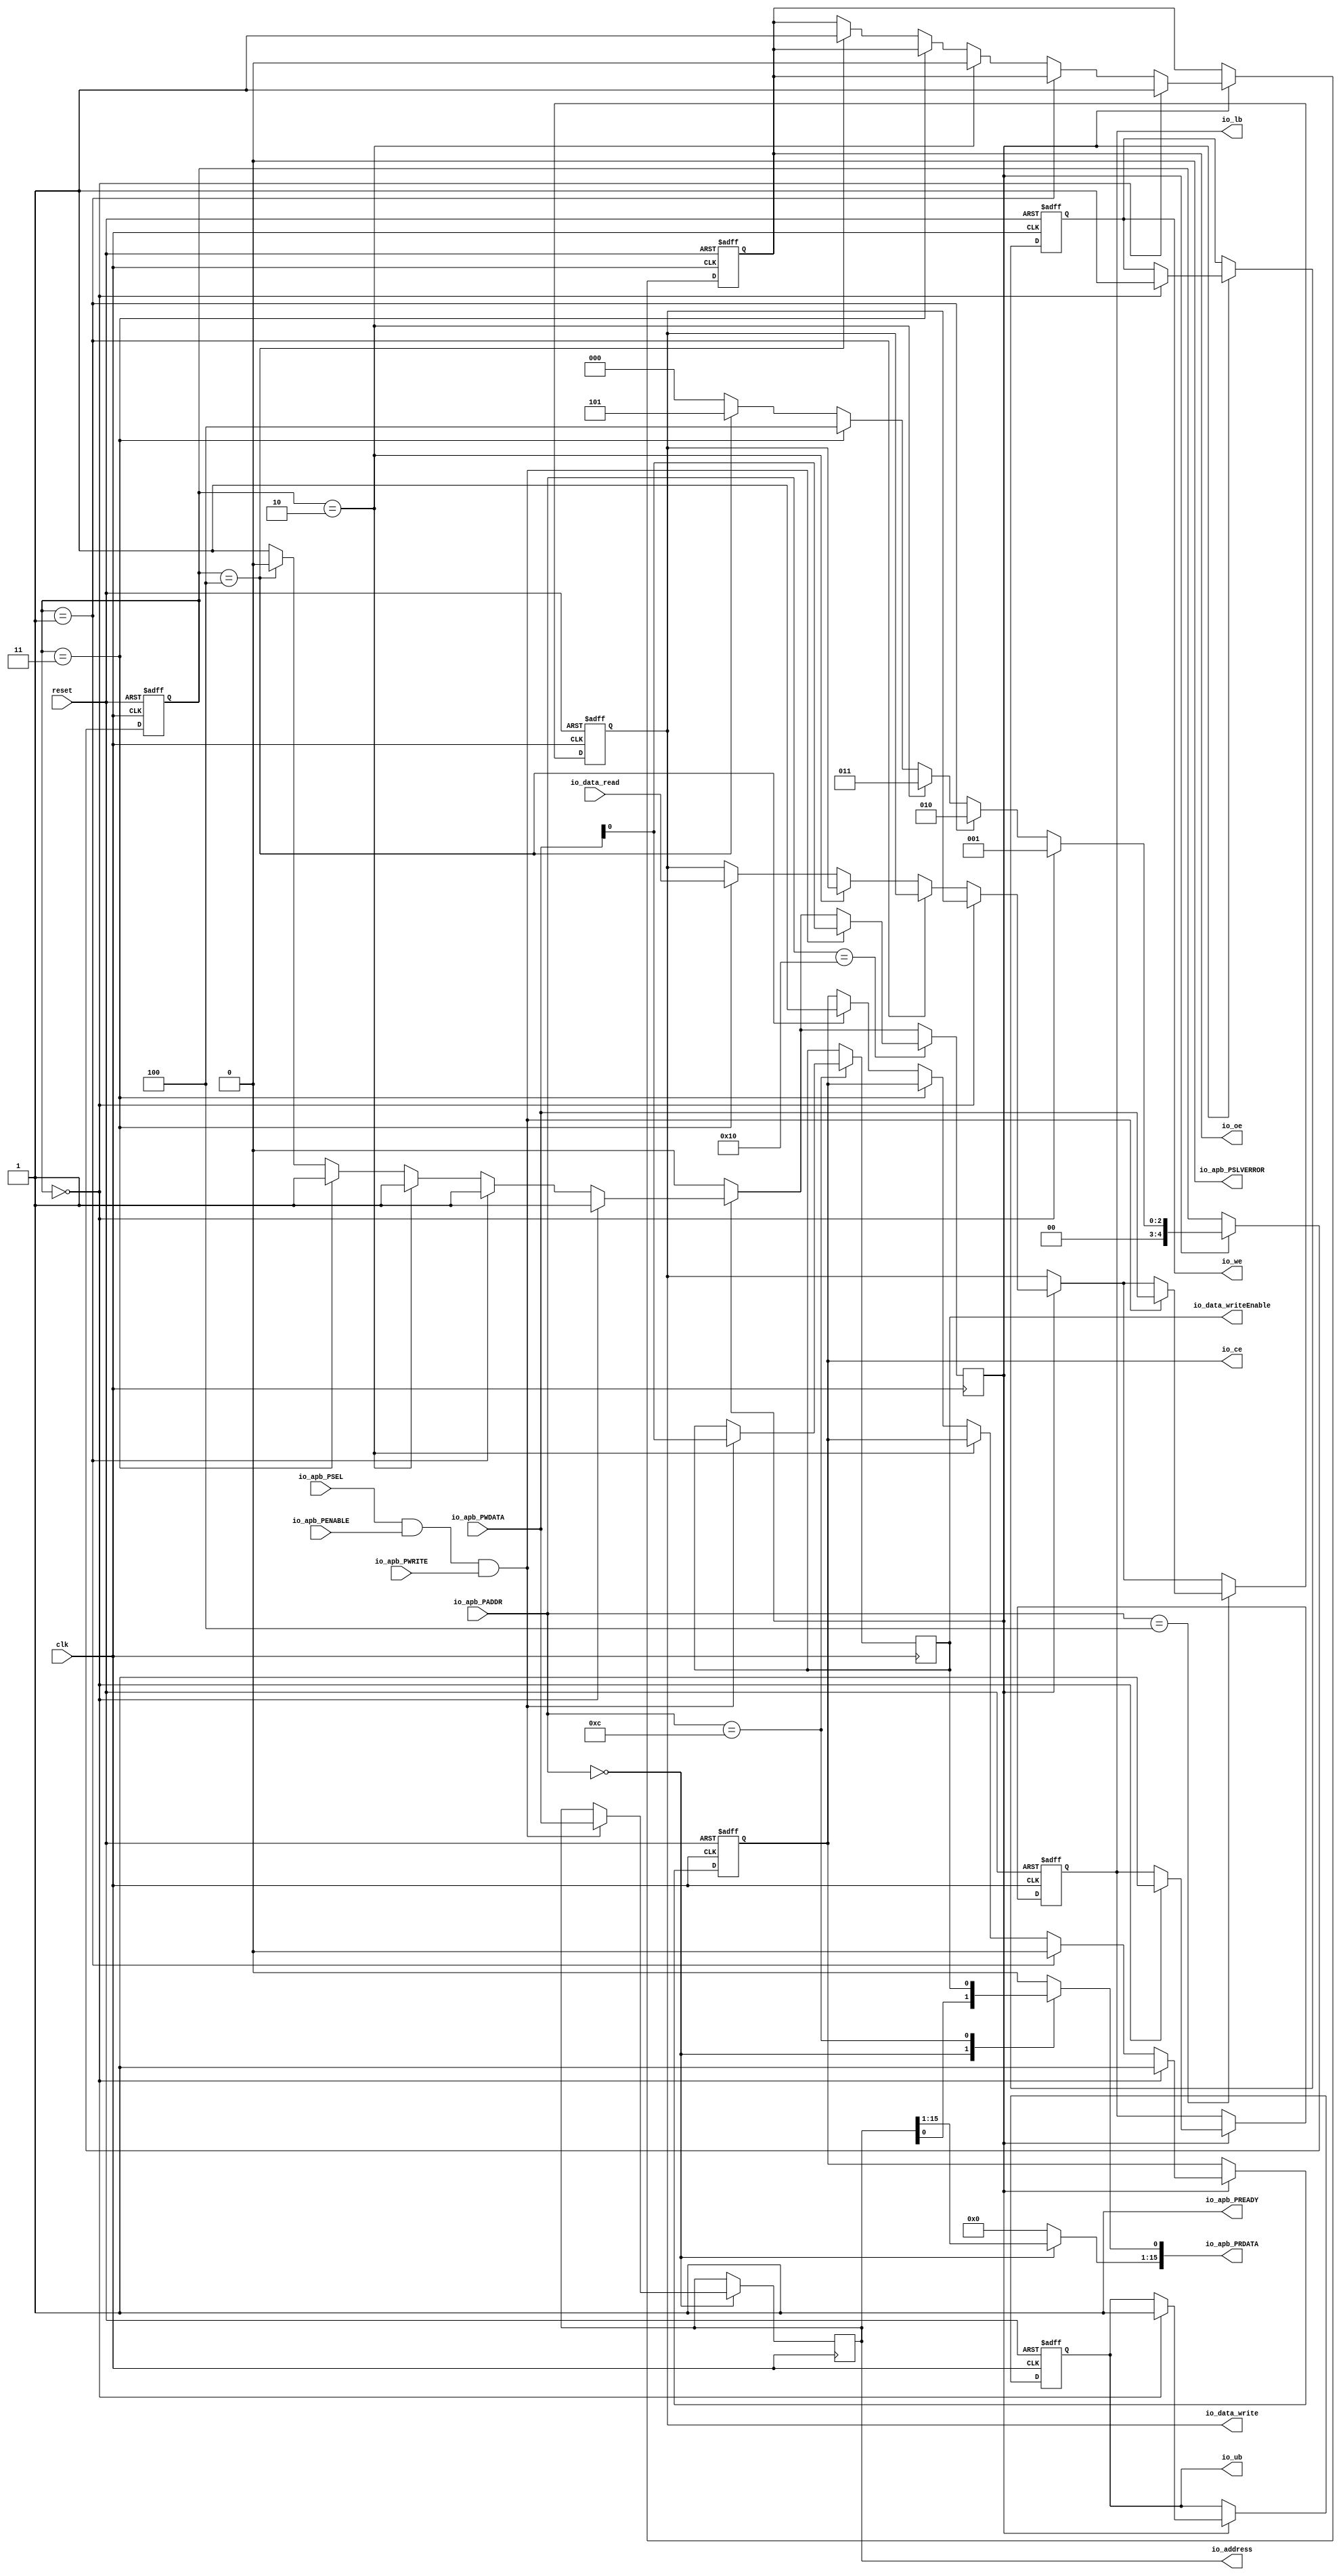
// Generator : SpinalHDL v1.7.0b    git head : 541894e01cf6b5ef03f924225e4f769fb167dea8
// Component : Clyde_Memory_Controller
// Git hash  : 23f8152f1f76822abe6de05999e6f5a903223b02

`timescale 1ns/1ps

module Clyde_Memory_Controller (
  input      [15:0]   io_apb_PADDR,
  input      [0:0]    io_apb_PSEL,
  input               io_apb_PENABLE,
  output              io_apb_PREADY,
  input               io_apb_PWRITE,
  input      [15:0]   io_apb_PWDATA,
  output reg [15:0]   io_apb_PRDATA,
  output              io_apb_PSLVERROR,
  input      [15:0]   io_data_read,
  output     [15:0]   io_data_write,
  output              io_data_writeEnable,
  output     [15:0]   io_address,
  output              io_we,
  output              io_ce,
  output              io_oe,
  output              io_lb,
  output              io_ub,
  input               clk,
  input               reset
);

  wire       [0:0]    output_control;
  reg                 start_read_reg;
  reg                 start_write_reg;
  reg        [15:0]   read_data;
  wire                ctrl_askWrite;
  wire                ctrl_askRead;
  wire                ctrl_doWrite;
  wire                ctrl_doRead;
  reg        [15:0]   io_address_driver;
  reg        [0:0]    output_control_driver;
  reg                 logic_we_reg;
  reg                 logic_ce_reg;
  reg                 logic_oe_reg;
  reg                 logic_lb_reg;
  reg                 logic_ub_reg;
  reg        [4:0]    logic_control_signal_control_reg;
  wire                when_Clyde_Memory_Controller_l71;
  wire                when_Clyde_Memory_Controller_l80;
  wire                when_Clyde_Memory_Controller_l85;
  wire                when_Clyde_Memory_Controller_l90;
  wire                when_Clyde_Memory_Controller_l95;
  wire                when_Clyde_Memory_Controller_l102;

  assign io_apb_PREADY = 1'b1;
  always @(*) begin
    io_apb_PRDATA = 16'h0;
    case(io_apb_PADDR)
      16'h0 : begin
        io_apb_PRDATA[15 : 0] = io_address_driver;
      end
      16'h000c : begin
        io_apb_PRDATA[0 : 0] = output_control_driver;
      end
      default : begin
      end
    endcase
  end

  assign io_apb_PSLVERROR = 1'b0;
  assign ctrl_askWrite = ((io_apb_PSEL[0] && io_apb_PENABLE) && io_apb_PWRITE);
  assign ctrl_askRead = ((io_apb_PSEL[0] && io_apb_PENABLE) && (! io_apb_PWRITE));
  assign ctrl_doWrite = (((io_apb_PSEL[0] && io_apb_PENABLE) && io_apb_PREADY) && io_apb_PWRITE);
  assign ctrl_doRead = (((io_apb_PSEL[0] && io_apb_PENABLE) && io_apb_PREADY) && (! io_apb_PWRITE));
  assign io_address = io_address_driver;
  assign output_control = output_control_driver;
  assign io_data_write = read_data;
  assign when_Clyde_Memory_Controller_l71 = (logic_control_signal_control_reg == 5'h0);
  assign when_Clyde_Memory_Controller_l80 = (logic_control_signal_control_reg == 5'h01);
  assign when_Clyde_Memory_Controller_l85 = (logic_control_signal_control_reg == 5'h02);
  assign when_Clyde_Memory_Controller_l90 = (logic_control_signal_control_reg == 5'h03);
  assign when_Clyde_Memory_Controller_l95 = (logic_control_signal_control_reg == 5'h04);
  assign when_Clyde_Memory_Controller_l102 = (logic_control_signal_control_reg == 5'h05);
  assign io_ce = logic_ce_reg;
  assign io_oe = logic_oe_reg;
  assign io_we = logic_we_reg;
  assign io_ub = logic_ub_reg;
  assign io_lb = logic_lb_reg;
  assign io_data_writeEnable = output_control[0];
  always @(posedge clk or posedge reset) begin
    if(reset) begin
      read_data <= 16'h0;
      logic_we_reg <= 1'b1;
      logic_ce_reg <= 1'b1;
      logic_oe_reg <= 1'b1;
      logic_lb_reg <= 1'b1;
      logic_ub_reg <= 1'b1;
      logic_control_signal_control_reg <= 5'h0;
    end else begin
      if(start_read_reg) begin
        if(when_Clyde_Memory_Controller_l71) begin
          logic_ce_reg <= 1'b1;
          logic_oe_reg <= 1'b1;
          logic_we_reg <= 1'b1;
          logic_ub_reg <= 1'b1;
          logic_lb_reg <= 1'b1;
          logic_control_signal_control_reg <= 5'h01;
        end else begin
          if(when_Clyde_Memory_Controller_l80) begin
            logic_ce_reg <= 1'b0;
            logic_control_signal_control_reg <= 5'h02;
          end else begin
            if(when_Clyde_Memory_Controller_l85) begin
              logic_oe_reg <= 1'b0;
              logic_control_signal_control_reg <= 5'h03;
            end else begin
              if(when_Clyde_Memory_Controller_l90) begin
                read_data <= io_data_read;
                logic_control_signal_control_reg <= 5'h04;
              end else begin
                if(when_Clyde_Memory_Controller_l95) begin
                  logic_oe_reg <= 1'b1;
                  logic_ce_reg <= 1'b1;
                  logic_control_signal_control_reg <= 5'h05;
                end else begin
                  if(when_Clyde_Memory_Controller_l102) begin
                    logic_control_signal_control_reg <= 5'h0;
                  end else begin
                    logic_control_signal_control_reg <= 5'h0;
                  end
                end
              end
            end
          end
        end
      end
      case(io_apb_PADDR)
        16'h0004 : begin
          if(ctrl_doWrite) begin
            read_data <= io_apb_PWDATA[15 : 0];
          end
        end
        default : begin
        end
      endcase
    end
  end

  always @(posedge clk) begin
    if(start_read_reg) begin
      if(!when_Clyde_Memory_Controller_l71) begin
        if(!when_Clyde_Memory_Controller_l80) begin
          if(!when_Clyde_Memory_Controller_l85) begin
            if(!when_Clyde_Memory_Controller_l90) begin
              if(when_Clyde_Memory_Controller_l95) begin
                start_read_reg <= 1'b0;
              end
            end
          end
        end
      end
    end
    case(io_apb_PADDR)
      16'h0 : begin
        if(ctrl_doWrite) begin
          io_address_driver <= io_apb_PWDATA[15 : 0];
        end
      end
      16'h0010 : begin
        if(ctrl_doWrite) begin
          start_read_reg <= io_apb_PWDATA[0];
        end
      end
      16'h000c : begin
        if(ctrl_doWrite) begin
          output_control_driver <= io_apb_PWDATA[0 : 0];
        end
      end
      default : begin
      end
    endcase
  end


endmodule